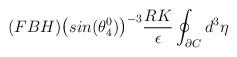
LaTeX: \begin{align*}\hspace{1.5in}(FBH)\big{(}sin(\theta_4^0)\big{)}^{-3}\frac{RK}{\epsilon}\oint_{\partial C}d^3{\eta} \hspace{2.0in}\end{align*}